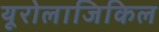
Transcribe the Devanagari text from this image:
यूरोलाजिकिल